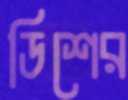
ডিশের